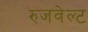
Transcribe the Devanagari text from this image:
रुजवेल्ट